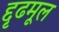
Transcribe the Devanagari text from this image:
द्दृढमूल